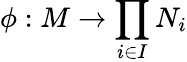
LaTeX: \phi:M\to\prod_{i\in I}N_{i}